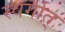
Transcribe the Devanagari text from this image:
स्वर्गात्